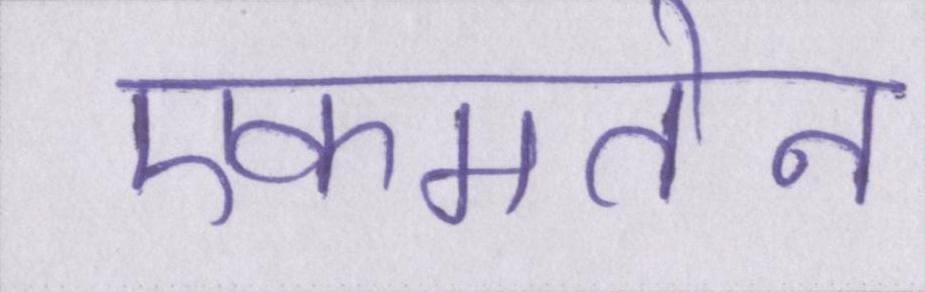
एकमतेन